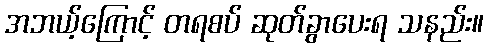
အဘယ့်ကြောင့် တရစပ် ဆုတ်ခွာပေးရ သနည်း။